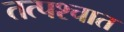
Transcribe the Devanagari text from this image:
तत्‍पश्‍चात